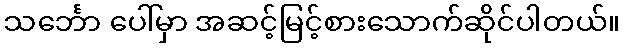
သင်္ဘော ပေါ်မှာ အဆင့်မြင့်စားသောက်ဆိုင်ပါတယ်။